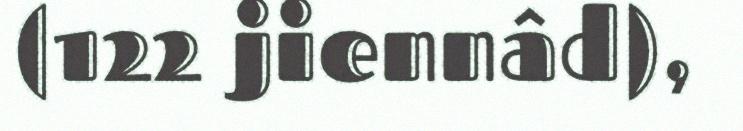
(122 jiennâd),